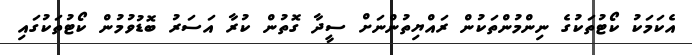
އެކަމަކު ކޯޓުތަކުގެ ނިންމުންތަކުން ރައްޔިތުންނަށް ސީދާ ގޮތުން ކުރާ އަސަރު ބޮޑުވުމުން ކޯޓުތަކުގައި